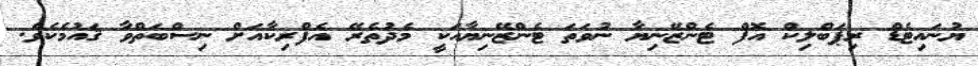
ޔުނައިޓެޑް ރިޕަބްލިކް އޮފް ޓެންޒޭނިޔާ ނުވަތަ ޓެންޒޭނިޔާއަކީ މެދުތެރޭ އެފްރިކާއަށް ނިސްބަތްވާ ޤައުމެކެވެ.